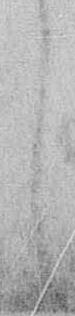
し